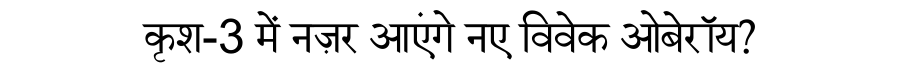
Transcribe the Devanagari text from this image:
कृश-3 में नज़र आएंगे नए विवेक ओबेरॉय?